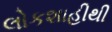
લોકશાહીથી